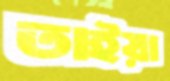
তাইয়া